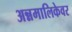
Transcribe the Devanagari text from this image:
अन्नमालिकेवर